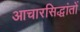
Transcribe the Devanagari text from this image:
आचारसिद्धांतों